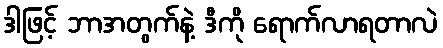
ဒါဖြင့် ဘာအတွက်နဲ့ ဒီကို ရောက်လာရတာလဲ